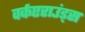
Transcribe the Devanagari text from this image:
वर्कएराउंड्स